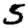
Digit: 5